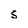
Character: 5